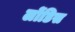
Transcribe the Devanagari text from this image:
लोंडिस